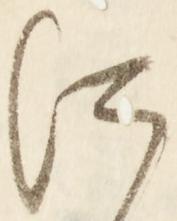
に